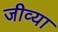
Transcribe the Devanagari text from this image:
जीव्या